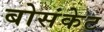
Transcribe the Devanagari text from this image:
बोसंकेट